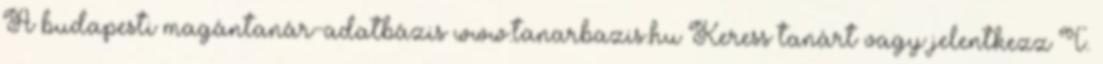
A budapesti magántanár-adatbázis www.tanarbazis.hu Keress tanárt vagy jelentkezz T.